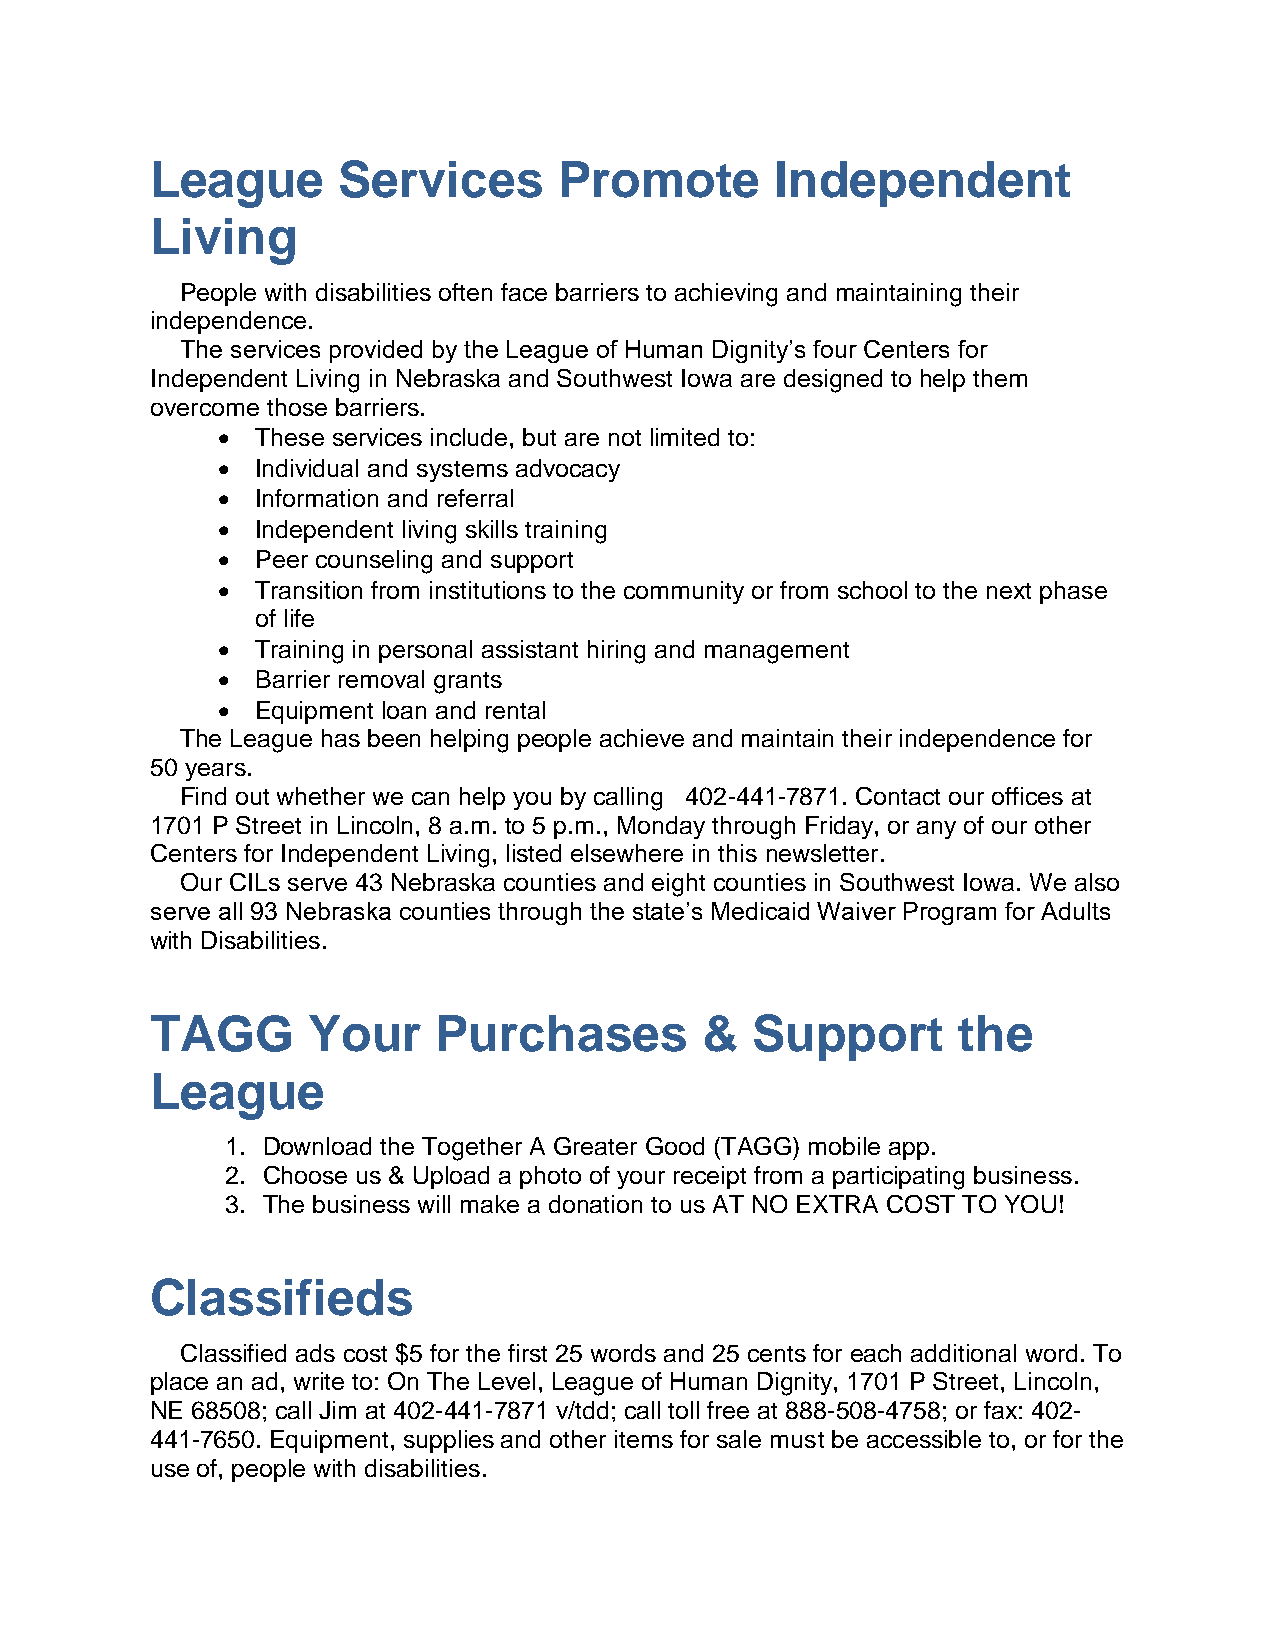
League      Services       Promote       Independent
 Living
 People with disabilities often face barriers to achieving and maintaining their
 independence.
 The services provided by the League of Human Dignity’s four Centers for
 Independent Living in Nebraska and Southwest Iowa are designed to help them
 overcome those barriers.
   These services include, but are not limited to:
   Individual and systems advocacy
   Information and referral
   Independent living skills training
   Peer counseling and support
   Transition from institutions to the community or from school to the next phase
 of life
   Training in personal assistant hiring and management
   Barrier removal grants
   Equipment loan and rental
 The League has been helping people achieve and maintain their independence for
 50 years.
 Find out whether we can help you by calling 402-441-7871. Contact our offices at
 1701 P Street in Lincoln, 8 a.m. to 5 p.m., Monday through Friday, or any of our other
 Centers for Independent Living, listed elsewhere in this newsletter.
 Our CILs serve 43 Nebraska counties and eight counties in Southwest Iowa. We also
 serve all 93 Nebraska counties through the state’s Medicaid Waiver Program for Adults
 with Disabilities.
 TAGG      Your     Purchases         &  Support      the
 League
 1. Download the Together A Greater Good (TAGG) mobile app.
 2. Choose us & Upload a photo of your receipt from a participating business.
 3. The business will make a donation to us AT NO EXTRA COST TO YOU!
 Classifieds
 Classified ads cost $5 for the first 25 words and 25 cents for each additional word. To
 place an ad, write to: On The Level, League of Human Dignity, 1701 P Street, Lincoln,
 NE 68508; call Jim at 402-441-7871 v/tdd; call toll free at 888-508-4758; or fax: 402-
 441-7650. Equipment, supplies and other items for sale must be accessible to, or for the
 use of, people with disabilities.